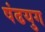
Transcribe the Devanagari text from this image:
षंढयुग